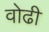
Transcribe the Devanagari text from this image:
वोढी